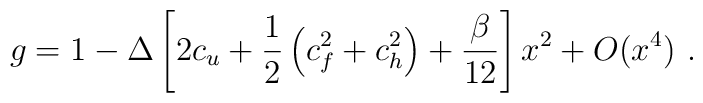
g=1-\Delta\left[2c_u+\frac12\left(c_f^2+c_h^2\right)+\frac\beta{12}\right]x^2+O(x^4) \ .